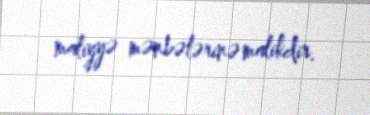
maliyyə mənbələrinə malikdir.